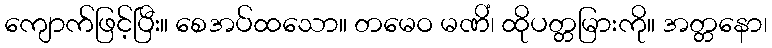
ကျောက်ဖြင့်ပြီး။ စေအပ်ထသော။ တမေဝ မဏိံ၊ ထိုပတ္တမြားကို။ အတ္တနော၊